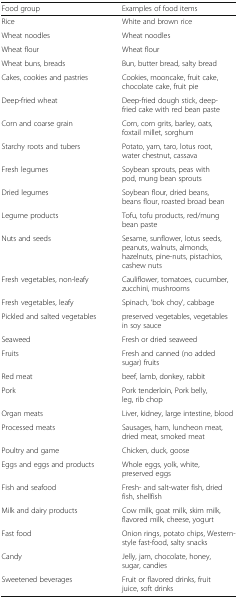
<table><thead><tr><td><b>Food group</b></td><td><b>Examples of food items</b></td></tr></thead><tbody><tr><td>Rice</td><td>White and brown rice</td></tr><tr><td>Wheat noodles</td><td>Wheat noodles</td></tr><tr><td>Wheat flour</td><td>Wheat flour</td></tr><tr><td>Wheat buns, breads</td><td>Bun, butter bread, salty bread</td></tr><tr><td>Cakes, cookies and pastries</td><td>Cookies, mooncake, fruit cake, chocolate cake, fruit pie</td></tr><tr><td>Deep-fried wheat</td><td>Deep-fried dough stick, deep-fried cake with red bean paste</td></tr><tr><td>Corn and coarse grain</td><td>Corn, corn grits, barley, oats, foxtail millet, sorghum</td></tr><tr><td>Starchy roots and tubers</td><td>Potato, yam, taro, lotus root, water chestnut, cassava</td></tr><tr><td>Fresh legumes</td><td>Soybean sprouts, peas with pod, mung bean sprouts</td></tr><tr><td>Dried legumes</td><td>Soybean flour, dried beans, beans flour, roasted broad bean</td></tr><tr><td>Legume products</td><td>Tofu, tofu products, red/mung bean paste</td></tr><tr><td>Nuts and seeds</td><td>Sesame, sunflower, lotus seeds, peanuts, walnuts, almonds, hazelnuts, pine-nuts, pistachios, cashew nuts</td></tr><tr><td>Fresh vegetables, non-leafy</td><td>Cauliflower, tomatoes, cucumber, zucchini, mushrooms</td></tr><tr><td>Fresh vegetables, leafy</td><td>Spinach, ‘bok choy’, cabbage</td></tr><tr><td>Pickled and salted vegetables</td><td>preserved vegetables, vegetables in soy sauce</td></tr><tr><td>Seaweed</td><td>Fresh or dried seaweed</td></tr><tr><td>Fruits</td><td>Fresh and canned (no added sugar) fruits</td></tr><tr><td>Red meat</td><td>beef, lamb, donkey, rabbit</td></tr><tr><td>Pork</td><td>Pork tenderloin, Pork belly, leg, rib chop</td></tr><tr><td>Organ meats</td><td>Liver, kidney, large intestine, blood</td></tr><tr><td>Processed meats</td><td>Sausages, ham, luncheon meat, dried meat, smoked meat</td></tr><tr><td>Poultry and game</td><td>Chicken, duck, goose</td></tr><tr><td>Eggs and eggs and products</td><td>Whole eggs, yolk, white, preserved eggs</td></tr><tr><td>Fish and seafood</td><td>Fresh- and salt-water fish, dried fish, shellfish</td></tr><tr><td>Milk and dairy products</td><td>Cow milk, goat milk, skim milk, flavored milk, cheese, yogurt</td></tr><tr><td>Fast food</td><td>Onion rings, potato chips, Western-style fast-food, salty snacks</td></tr><tr><td>Candy</td><td>Jelly, jam, chocolate, honey, sugar, candies</td></tr><tr><td>Sweetened beverages</td><td>Fruit or flavored drinks, fruit juice, soft drinks</td></tr></tbody></table>